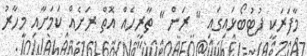
މާފަރަކީ ފުޓުބޯޅައިގައި " ރަން " ތާރީހެއް އޮތް ރަށެއް ކަމަށާއި މިހާރު